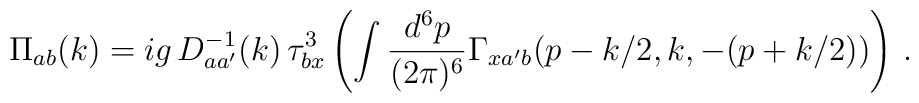
\Pi_{ab}(k) = i g\, D^{-1}_{aa'}(k)\, \tau^3_{bx}    \left(\int \frac{d^6p}{(2\pi)^6}\Gamma_{xa'b}(p-k/2,k,-(p+k/2)) \right)\, .